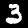
Digit: 3